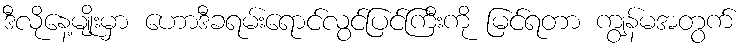
ဒီလိုနေ့မျိုးမှာ ဟောဒီခရမ်းရောင်လွင်ပြင်ကြီးကို မြင်ရတာ ကျွန်မအတွက်